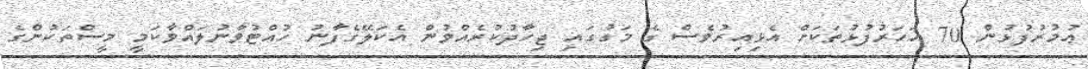
ޢުމުރުފުޅުން 70 އަހަރުފުޅުތަކަށް އެޅިއިރުވެސް ގެ މަގުގައި ޖިހާދުކުރެއްވުން އެކަލޭގެފާނު ހުއްޓުވާނުލައްވާކަމީ މީސްތަކުންގެ